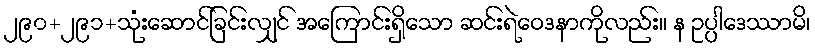
၂၉၀+၂၉၁+သုံးဆောင်ခြင်းလျှင် အကြောင်းရှိသော ဆင်းရဲဝေဒနာကိုလည်း။ န ဥပ္ပါဒေဿာမိ၊